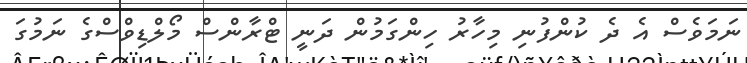
ނަމަަވެސް އެ ދެ ކުންފުނި މިހާރު ހިންގަމުން ދަނީ ޓްރާންސް މޯލްޑިވްސްގެ ނަމުގަ